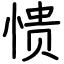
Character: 愦